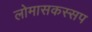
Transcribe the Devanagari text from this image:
लोमासकस्सप